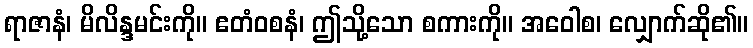
ရာဇာနံ၊ မိလိန္ဒမင်းကို။ ဧတံဝစနံ၊ ဤသို့သော စကားကို။ အဝေါစ၊ လျှောက်ဆို၏။